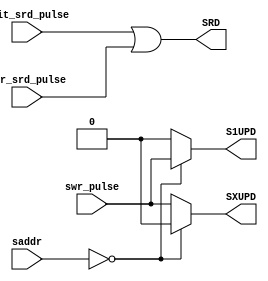
`timescale 1ns/1ns
`define UDLY #2

module SCTRL(
                //inputs
                init_srd_pulse,
                par_srd_pulse,
                swr_pulse,
                saddr,
                
                //outputs
                SRD,
                S1UPD,
                SXUPD
            );
    
    //inputs
    input             init_srd_pulse;
    input             par_srd_pulse;
    input             swr_pulse;
    input    [1:0]    saddr;
    
    //outputs
    output            SRD;
    output            S1UPD;
    output            SXUPD;
                      
    //regs            
    reg               S1UPD;
    reg               SXUPD;
    
    assign SRD=init_srd_pulse|par_srd_pulse;
    
    always @(swr_pulse or saddr)
    begin
        if(saddr==2'b00)
            S1UPD<=`UDLY swr_pulse;
        else
            S1UPD<=`UDLY 1'b0;        
    end
    
    
    always @(swr_pulse or saddr)
    begin
        if(saddr==2'b00)
            SXUPD<=`UDLY 1'b0; 
        else
            SXUPD<=`UDLY swr_pulse;            
    end
    
endmodule